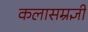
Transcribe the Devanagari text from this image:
कलासम्रज्ञी